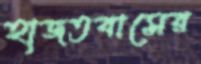
হাজতবাসের